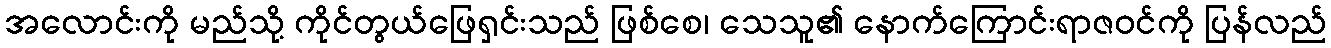
အလောင်းကို မည်သို့ ကိုင်တွယ်ဖြေရှင်းသည် ဖြစ်စေ၊ သေသူ၏ နောက်ကြောင်းရာဇဝင်ကို ပြန်လည်